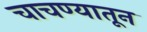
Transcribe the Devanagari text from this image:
चाचण्यातून